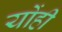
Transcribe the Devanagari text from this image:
योंही